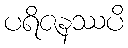
ပရိဇနဿပိ